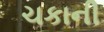
ચકાની